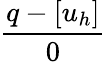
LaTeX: \frac{q-[u_{h}]}{0}